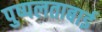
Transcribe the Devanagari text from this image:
पुष्पलताबाई